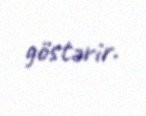
göstərir.